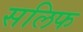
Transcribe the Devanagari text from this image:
सलिफ